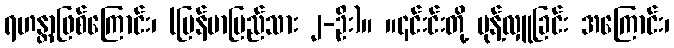
ရဟန္တာဖြစ်ကြောင်း၊ (မြန်မာပြည်သား ၂-ဦး)။ ။၎င်းင်းတို့ မုန့်လှူခြင်း အကြောင်း၊